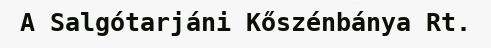
A Salgótarjáni Kőszénbánya Rt.